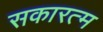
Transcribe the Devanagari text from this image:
सकारत्म